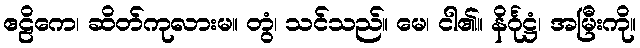
ဧဠိကေ၊ ဆိတ်ကုလားမ။ တွံ၊ သင်သည်။ မေ၊ ငါ၏။ နိင်္ဂုဋ္ဌံ၊ အမြီးကို။